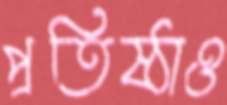
প্রতিষ্ঠাও